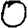
Digit: 0